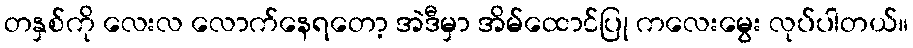
တနှစ်ကို လေးလ လောက်နေရတော့ အဲဒီမှာ အိမ်ထောင်ပြု ကလေးမွေး လုပ်ပါတယ်။